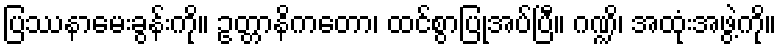
ပြဿနာမေးခွန်းကို။ ဥတ္တာနိကတော၊ ထင်စွာပြုအပ်ပြီ။ ဂဏ္ဍိ၊ အထုံးအဖွဲ့ကို။